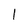
Character: 1